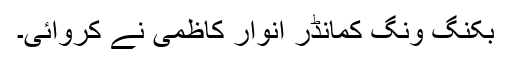
بکنگ ونگ کمانڈر انوار کاظمی نے کروائی۔